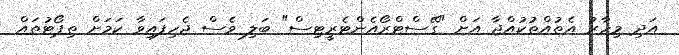
އަދި މިހާރު އެތުއްތުކުއްޖާ އަށް "ގޭސްޓްރޯއެންޓެރީޓިސް" ބަލި ވެސް ޖެހިފައިވާ ކަމަށް ތިޕޯޓުތައް